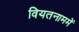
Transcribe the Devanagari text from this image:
वियतनाममें